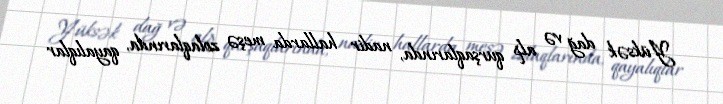
Yüksək dağ və alp qurşaqlarında, nadir hallarda meşə zolaqlarında, qayalıqlar